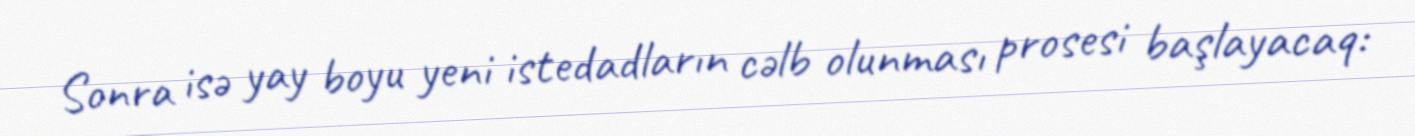
Sonra isə yay boyu yeni istedadların cəlb olunması prosesi başlayacaq: